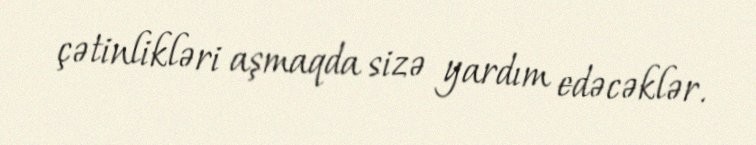
çətinlikləri aşmaqda sizə yardım edəcəklər.